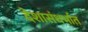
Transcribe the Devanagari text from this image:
देशासंधर्भात